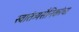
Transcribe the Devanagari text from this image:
स्वातंत्र्यसैनिकांचा